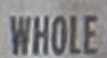
WHOE